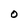
Character: 0